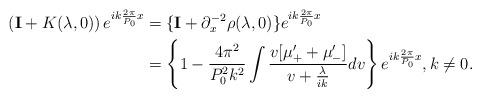
LaTeX: \begin{align*}\left( \mathbf{I}+K(\lambda,0)\right) e^{ik\frac{2\pi}{P_{0}}x} &=\{\mathbf{I}+\partial_{x}^{-2}\rho(\lambda,0)\}e^{ik\frac{2\pi}{P_{0}}x}\\& =\left\{ 1-\frac{4\pi^{2}}{P_{0}^{2}k^{2}}\int\frac{v[\mu_{+}^{\prime}+\mu_{-}^{\prime}]}{v+\frac{\lambda}{ik}}dv\right\} e^{ik\frac{2\pi}{P_{0}}x},k\neq0.\end{align*}